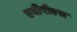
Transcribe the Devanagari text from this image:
एबीपीएस